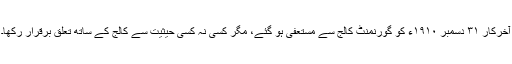
آخرکار ٣١ دسمبر ١٩١٠ء کو گورنمنٹ کالج سے مستعفی ہو گئے، مگر کسی نہ کسی حیثیت سے کالج کے ساتھ تعلق برقرار رکھا۔